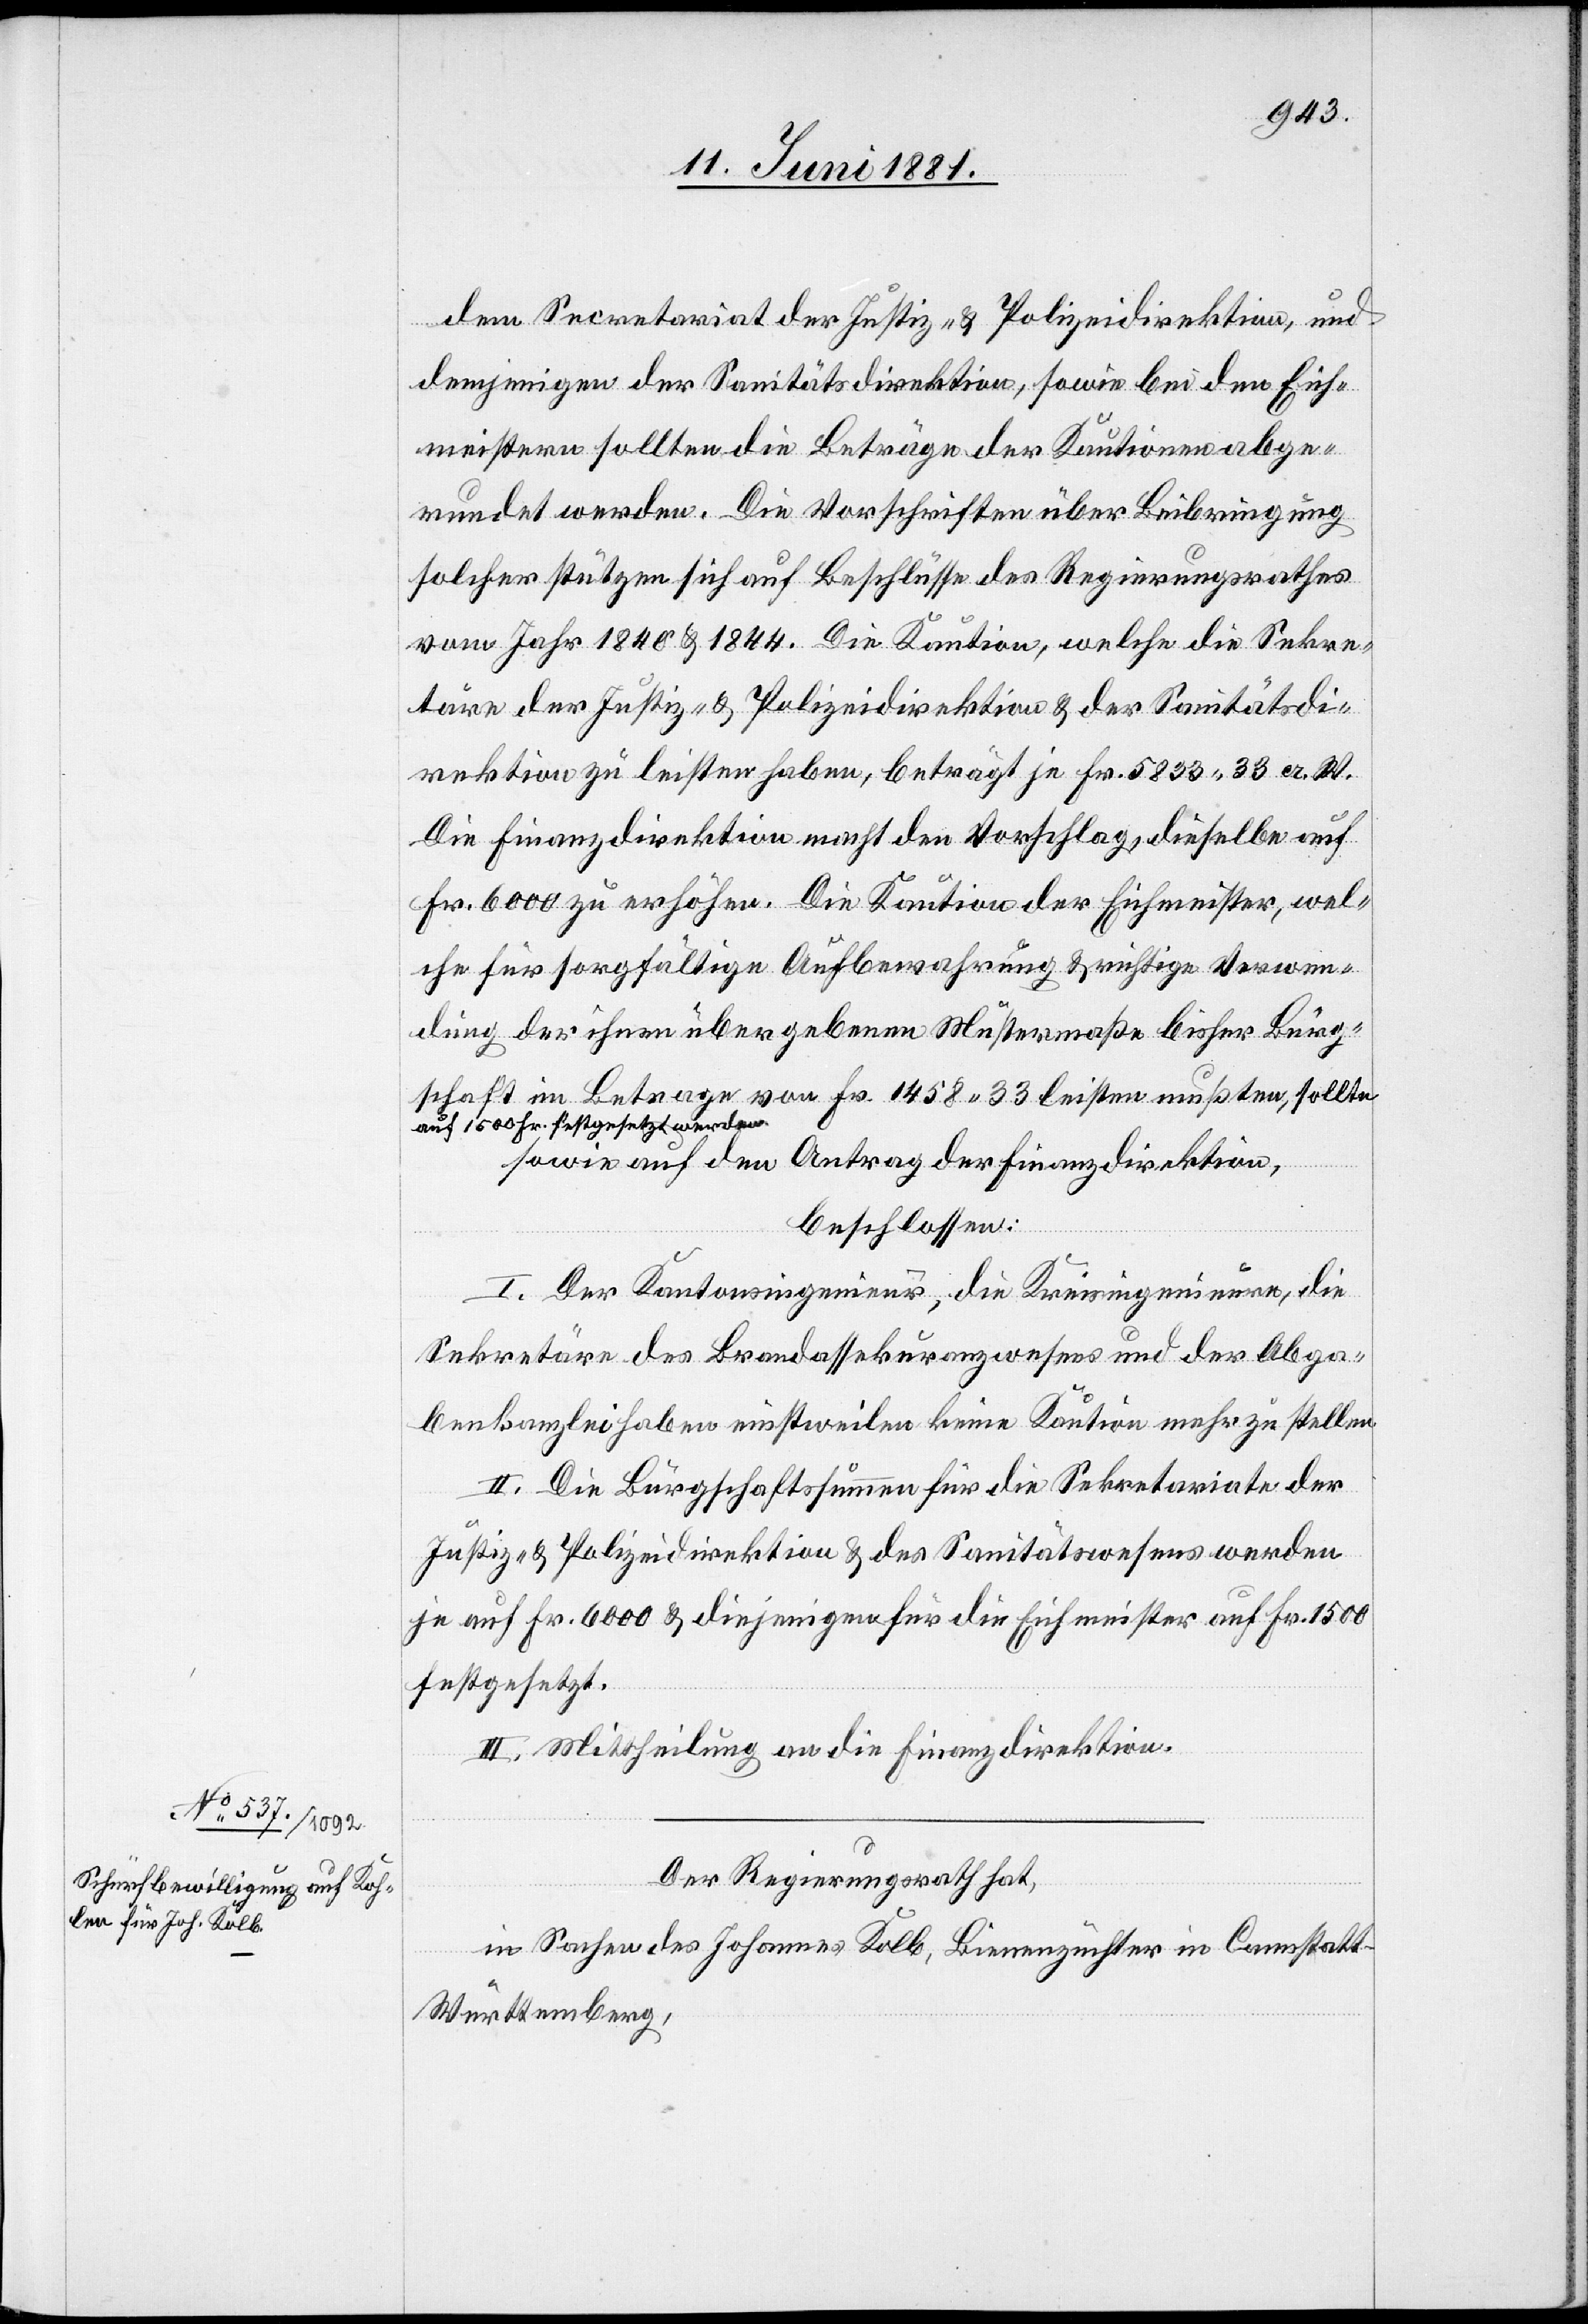
dem Secretariat der Justiz- & Polizeidirektion, und
demjenigen der Sanitätsdirektion, sowie bei den Eich¬
meistern sollten die Beträge der Kautionen abge¬
rundet werden. Die Vorschriften über Beibringung
solcher stützen sich auf Beschlüsse des Regierungsrathes
vom Jahr 1840 & 1844. Die Kaution, welche die Sekre¬
täre der Justiz- & Polizeidirektion & der Sanitätsdi¬
rektion zu leisten haben, beträgt je Fr. 5833 33 a. W.
Die Finanzdirektion macht den Vorschlag, dieselbe auf
Fr. 6000 zu erhöhen. Die Kaution der Eichmeister, wel¬
che für sorgfältige Aufbewahrung & richtige Verwen¬
dung der ihnen übergebenen Mustermaße bisher Bürg¬
schaft im Betrage von Fr. 1458 33 leisten mußten, a-sollte
auf 1500 Fr. festgesetzt werden,-a
sowie auf den Antrag der Finanzdirektion,
beschlossen:
I. Der Kantonsingenieur, die Kreisingenieure, die
Sekretäre des Brandassekuranzwesens und der Abga¬
benkanzlei haben einstweilen keine Kaution mehr zu stellen.
II. Die Bürgschaftssummen für die Sekretariate werden
je auf Fr. 6000 & diejenigen für die Eichmeister auf Fr. 1500
festgesetzt.
III. Mittheilung an die Finanzdirektion.
Der Regierungsrath hat,
in Sachen des Johannes Kolb, Bienenzüchter in Cannstatt
Württemberg,